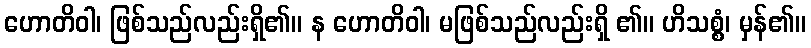
ဟောတိဝါ၊ ဖြစ်သည်လည်းရှိ၏။ န ဟောတိဝါ၊ မဖြစ်သည်လည်းရှိ ၏။ ဟိသစ္စံ၊ မှန်၏။